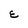
Character: E